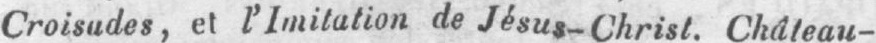
Croisudes, et l’Imitation de Jésus-Christ. Château-